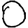
Digit: 0